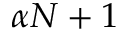
\alpha N + 1